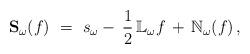
LaTeX: \begin{align*}\mathbf{S}_{\omega}(f) \,\, = \,\, s_{\omega} - \, \frac{1}{2} \, {\mathbb L}_{\omega}f \, + \, \mathbb{N}_{\omega}(f) \, ,\end{align*}